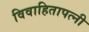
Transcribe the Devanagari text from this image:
विवाहितापत्नी